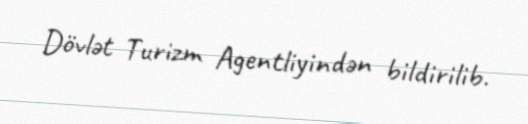
Dövlət Turizm Agentliyindən bildirilib.